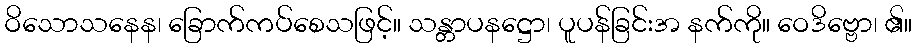
ဝိသောသနေန၊ ခြောက်ကပ်စေသဖြင့်။ သန္တာပနဋ္ဌော၊ ပူပန်ခြင်းအ နက်ကို။ ဝေဒိဗ္ဗော၊ ၏။